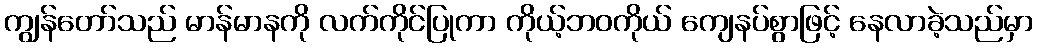
ကျွန်တော်သည် မာန်မာနကို လက်ကိုင်ပြုကာ ကိုယ့်ဘဝကိုယ် ကျေနပ်စွာဖြင့် နေလာခဲ့သည်မှာ